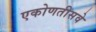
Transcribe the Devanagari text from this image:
एकोणतीसवे